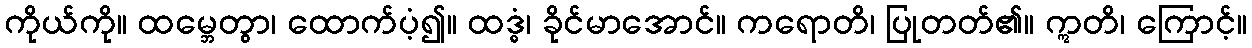
ကိုယ်ကို။ ထမ္ဘေတွာ၊ ထောက်ပံ့၍။ ထဒ္ဓံ၊ ခိုင်မာအောင်။ ကရောတိ၊ ပြုတတ်၏။ ဣတိ၊ ကြောင့်။